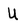
Character: U